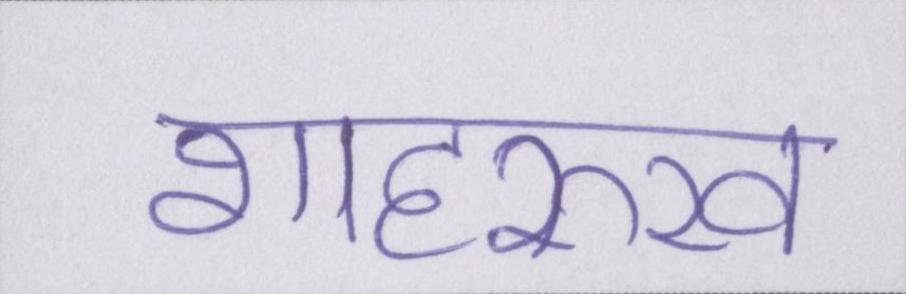
शाहरुख